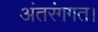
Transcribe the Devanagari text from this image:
अंतरंगगत।